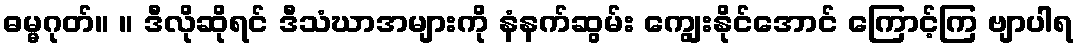
ဓမ္မဂုတ်။ ။ ဒီလိုဆိုရင် ဒီသံဃာအများကို နံနက်ဆွမ်း ကျွေးနိုင်အောင် ကြောင့်ကြ ဗျာပါရ